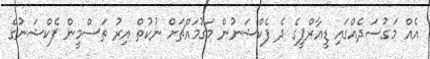
އެއް މަގުސަދެއްގައި ޑީއާރްޕީގެ ދެ ފެކްޝަނުން މަގުމައްޗަށް ނުކުތް އިރު ތަސްމީން ފެކްޝަނުގެ